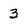
Character: 3